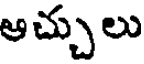
అచ్చులు